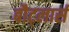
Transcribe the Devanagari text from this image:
बौट्लार्स